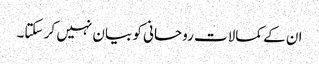
ان کے کمالات روحانی کو بیان نہیں کر سکتا۔